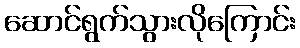
ဆောင်ရွက်သွားလိုကြောင်း